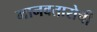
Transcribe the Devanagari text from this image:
मानवतारोची